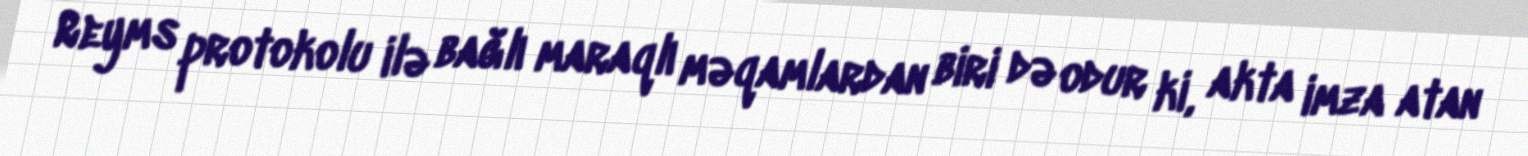
Reyms protokolu ilə bağlı maraqlı məqamlardan biri də odur ki, akta imza atan